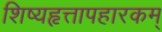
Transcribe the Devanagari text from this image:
शिष्यहृत्तापहारकम्